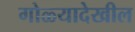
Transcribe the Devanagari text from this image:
गोळ्यादेखील